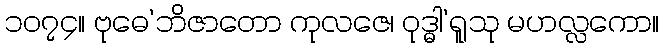
၁၀၇၄။ ဗုဓေ’ဘိဇာတော ကုလဇေ၊ ဝုဒ္ဓါ’ရူသု မဟလ္လကော။